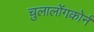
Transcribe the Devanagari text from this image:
चुलालोंगकोर्न